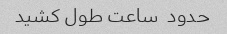
حدود  ساعت طول کشید